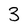
Character: 3